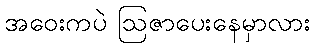
အဝေးကပဲ ဩဇာပေးနေမှာလား